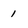
Character: 1